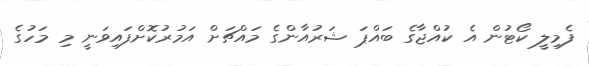
ފެމިލީ ކޯޓުން އެ ކުއްޖާގެ ބައްޕަ ޝަރުއާންގެ މައްޗަށް އަމުރުކޮށްފައިވަނީ މި މަހުގެ